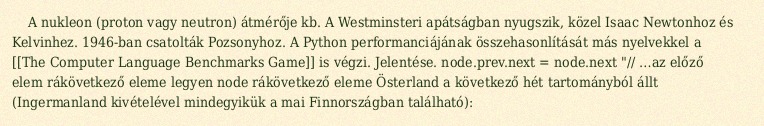
A nukleon (proton vagy neutron) átmérője kb. A Westminsteri apátságban nyugszik, közel Isaac Newtonhoz és Kelvinhez. 1946-ban csatolták Pozsonyhoz. A Python performanciájának összehasonlítását más nyelvekkel a [[The Computer Language Benchmarks Game]] is végzi. Jelentése. node.prev.next = node.next "// …az előző elem rákövetkező eleme legyen node rákövetkező eleme Österland a következő hét tartományból állt (Ingermanland kivételével mindegyikük a mai Finnországban található):